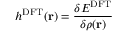
h ^ { \mathrm { D F T } } ( \mathbf { r } ) = \frac { \delta E ^ { \mathrm { D F T } } } { \delta \rho ( \mathbf { r } ) }